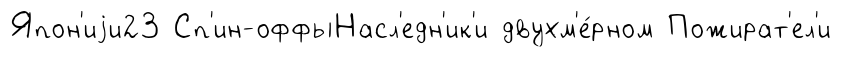
Япон'иjи23 Сп'ин-оффыНасл'едн'ик'и двухм'е́рном Пожират'ел'и